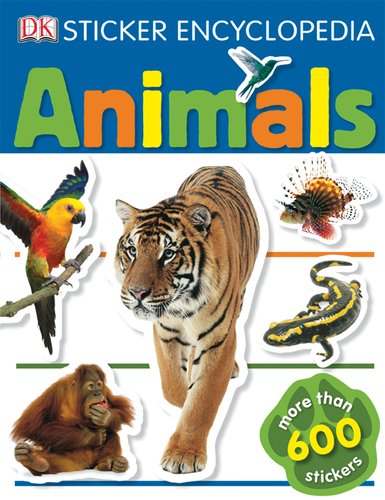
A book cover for Animals Sticker Encyclopedia; DK Publishing; Reference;